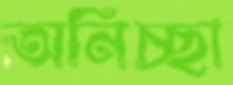
অনিচ্ছা